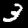
Digit: 3